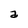
Character: a